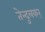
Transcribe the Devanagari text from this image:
तेन्दुलकर्